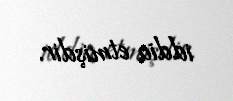
iddia etmişdir.